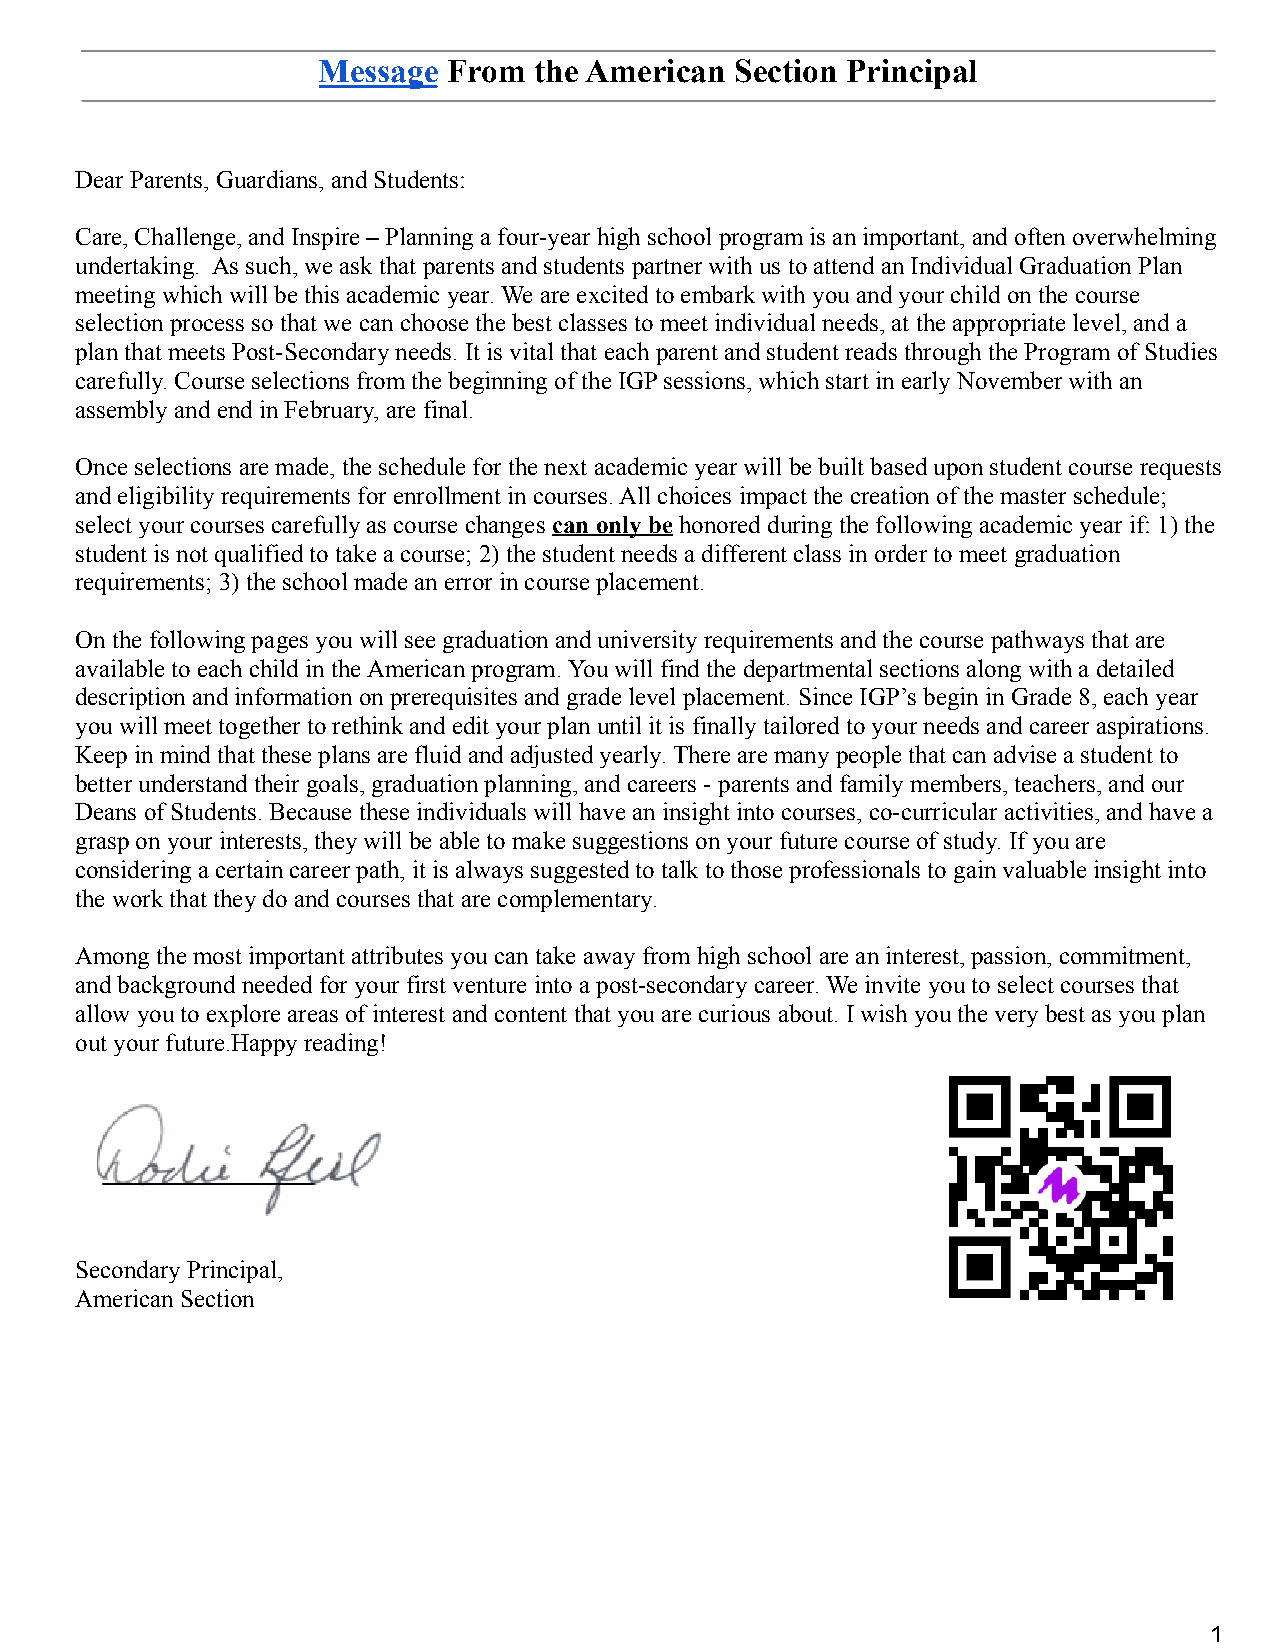
Message  From the American  Section Principal
 Dear Parents, Guardians, and Students:
 Care, Challenge, and Inspire – Planning a four-year high school program is an important, and often overwhelming
 undertaking. As such, we ask that parents and students partner with us to attend an Individual Graduation Plan
 meeting which will be this academic year. We are excited to embark with you and your child on the course
 selection process so that we can choose the best classes to meet individual needs, at the appropriate level, and a
 plan that meets Post-Secondary needs. It is vital that each parent and student reads through the Program of Studies
 carefully. Course selections from the beginning of the IGP sessions, which start in early November with an
 assembly and end in February, are final.
 Once selections are made, the schedule for the next academic year will be built based upon student course requests
 and eligibility requirements for enrollment in courses. All choices impact the creation of the master schedule;
 select your courses carefully as course changes canonly be honored during the following academic yearif: 1) the
 student is not qualified to take a course; 2) the student needs a different class in order to meet graduation
 requirements; 3) the school made an error in course placement.
 On the following pages you will see graduation and university requirements and the course pathways that are
 available to each child in the American program. You will find the departmental sections along with a detailed
 description and information on prerequisites and grade level placement. Since IGP’s begin in Grade 8, each year
 you will meet together to rethink and edit your plan until it is finally tailored to your needs and career aspirations.
 Keep in mind that these plans are fluid and adjusted yearly. There are many people that can advise a student to
 better understand their goals, graduation planning, and careers - parents and family members, teachers, and our
 Deans of Students. Because these individuals will have an insight into courses, co-curricular activities, and have a
 grasp on your interests, they will be able to make suggestions on your future course of study. If you are
 considering a certain career path, it is always suggested to talk to those professionals to gain valuable insight into
 the work that they do and courses that are complementary.
 Among the most important attributes you can take away from high school are an interest, passion, commitment,
 and background needed for your first venture into a post-secondary career. We invite you to select courses that
 allow you to explore areas of interest and content that you are curious about. I wish you the very best as you plan
 out your future.Happy reading!
 Secondary Principal,
 American Section
 1